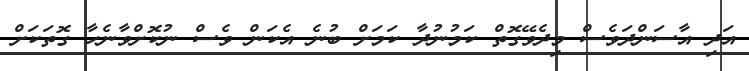
އަދި އާސަންދަވެސް މިދެވޭގޮތް ކަމުނުދާ ކަމަށް ބުނެ އެކަން ވެސް ނުކޮށްވާނެހާ ގޮތަކަށް